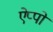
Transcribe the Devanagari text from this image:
ऐप्पों